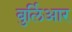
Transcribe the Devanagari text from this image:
बुर्लिआर